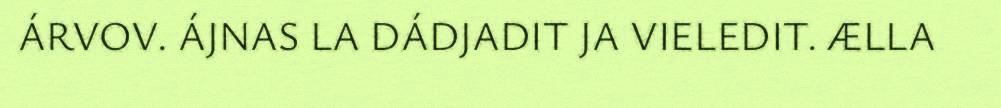
ÁRVOV. ÁJNAS LA DÁDJADIT JA VIELEDIT. ÆLLA